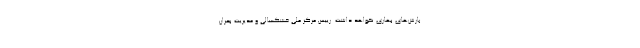
بارش‌های بهاری نخواهد داشت. رییس مرکز ملی خشکسالی و مدیریت بحران